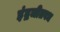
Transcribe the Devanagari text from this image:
इंद्रजीतवध